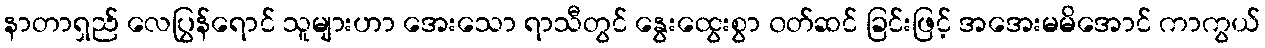
နာတာရှည် လေပြွန်ရောင် သူများဟာ အေးသော ရာသီတွင် နွေးထွေးစွာ ၀တ်ဆင် ခြင်းဖြင့် အအေးမမိအောင် ကာကွယ်